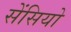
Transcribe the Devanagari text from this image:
सेंसियो